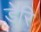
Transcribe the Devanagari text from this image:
डेरि